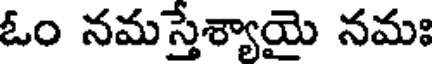
ఓం నమస్తేశ్యాయై నమః